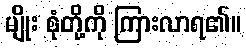
မျိုး စုံတို့ကို ကြားလာရ၏။